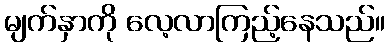
မျက်နှာကို လေ့လာကြည့်နေသည်။